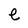
Character: e